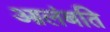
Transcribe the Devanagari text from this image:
आलंबति